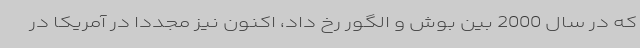
که در سال 2000 بین بوش و الگور رخ داد، اکنون نیز مجددا در آمریکا در